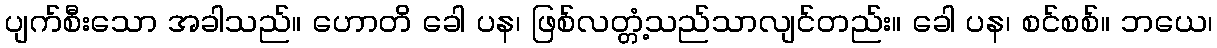
ပျက်စီးသော အခါသည်။ ဟောတိ ခေါ ပန၊ ဖြစ်လတ္တံ့သည်သာလျင်တည်း။ ခေါ ပန၊ စင်စစ်။ ဘယေ၊